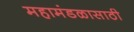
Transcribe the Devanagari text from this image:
महामंडळासाठी